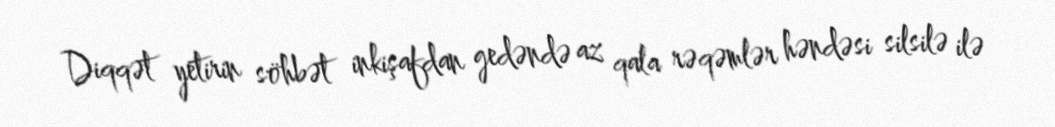
Diqqət yetirin söhbət inkişafdan gedəndə az qala rəqəmlər həndəsi silsilə ilə